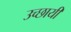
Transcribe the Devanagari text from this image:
उच्छायी